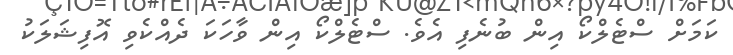
ކަމަށް ސްޓެލްކޯ އިން ބުނެފި އެވެ. ސްޓެލްކޯ އިން ވާހަކަ ދެއްކެވި އޮފިޝަލަކު